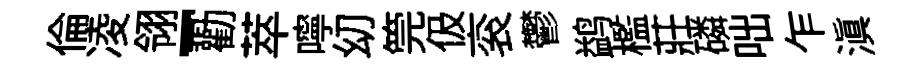
倫凌翎-勸萃嚀㓜筦伋衮鬱鹢檻莊磷咄乍滇